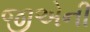
જીએની